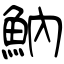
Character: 魶